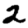
Digit: 2